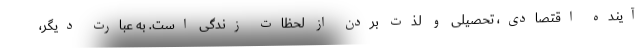
آینده اقتصادی، تحصیلی و لذت بردن از لحظات زندگی است. به عبارت دیگر،